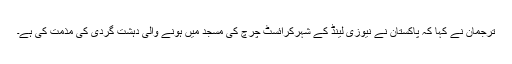
ترجمان نے کہا کہ پاکستان نے نیوزی لینڈ کے شہرکرائسٹ چرچ کی مسجد میں ہونے والی دہشت گردی کی مذمت کی ہے۔